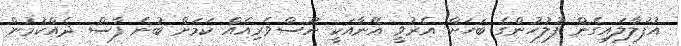
އުފުލާލައިގެން ފުލުހުންގެ ބަހަށް އެރުވީ އޭނާއަކީ ނޫސްވެރިއެއް ކަމަށް ބުނެ ފާސް ދެއްކުމުން